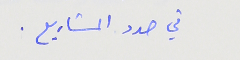
في صدد المشاريع .